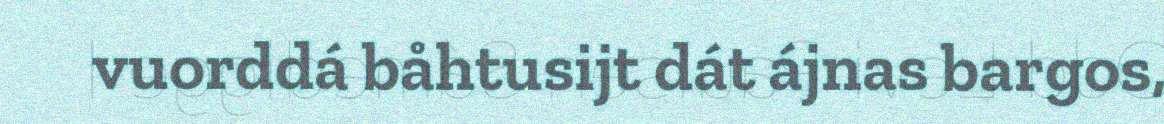
vuorddá båhtusijt dát ájnas bargos,